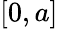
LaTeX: [0,a]